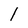
Character: 1